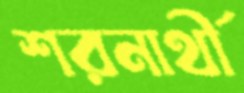
শরনার্থী